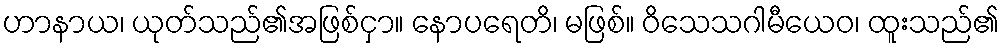
ဟာနာယ၊ ယုတ်သည်၏အဖြစ်ငှာ။ နောပရေတိ၊ မဖြစ်။ ဝိသေသဂါမီယေဝ၊ ထူးသည်၏